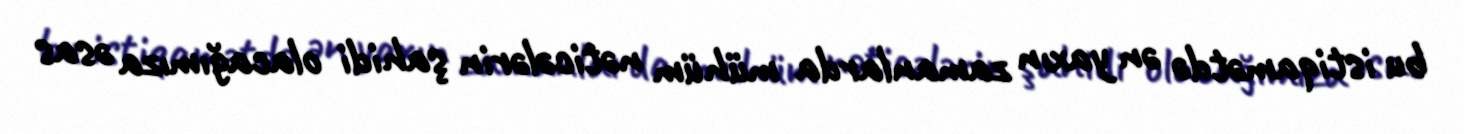
bu istiqamətdə ən yaxın zamanlarda mühüm nəticələrin şahidi olacağımıza əsas